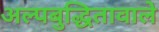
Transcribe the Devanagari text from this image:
अल्पबुद्धितावाले